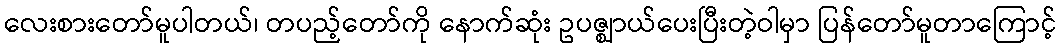
လေးစားတော်မူပါတယ်၊ တပည့်တော်ကို နောက်ဆုံး ဥပဇ္ဈာယ်ပေးပြီးတဲ့ဝါမှာ ပြန်တော်မူတာကြောင့်